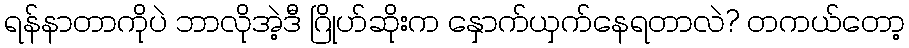
ရန်နာတာကိုပဲ ဘာလိုအဲ့ဒီ ဂြိုဟ်ဆိုးက နှောက်ယှက်နေရတာလဲ? တကယ်တော့